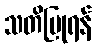
သတိပြုရန်